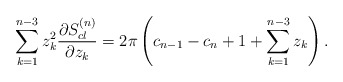
\begin{align*}\sum_{k=1}^{n-3}z_k^2{\partial S^{(n)}_{cl}\over \partial z_k}=2\pi \left(c_{n-1}-c_n+1+\sum_{k=1}^{n-3}z_k\right).\end{align*}